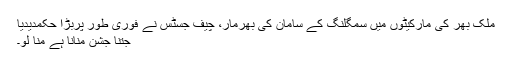
ملک بھر کی مارکیٹوں میں سمگلنگ کے سامان کی بھرمار، چیف جسٹس نے فوری طور پربڑا حکمدیدیا
جتنا جشن منانا ہے منا لو۔